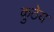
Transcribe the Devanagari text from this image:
कुठेय